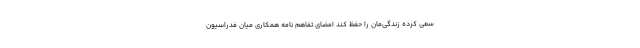
سعی کرده زندگی‌مان را حفظ کند امضای تفاهم نامه همکاری میان فدراسیون